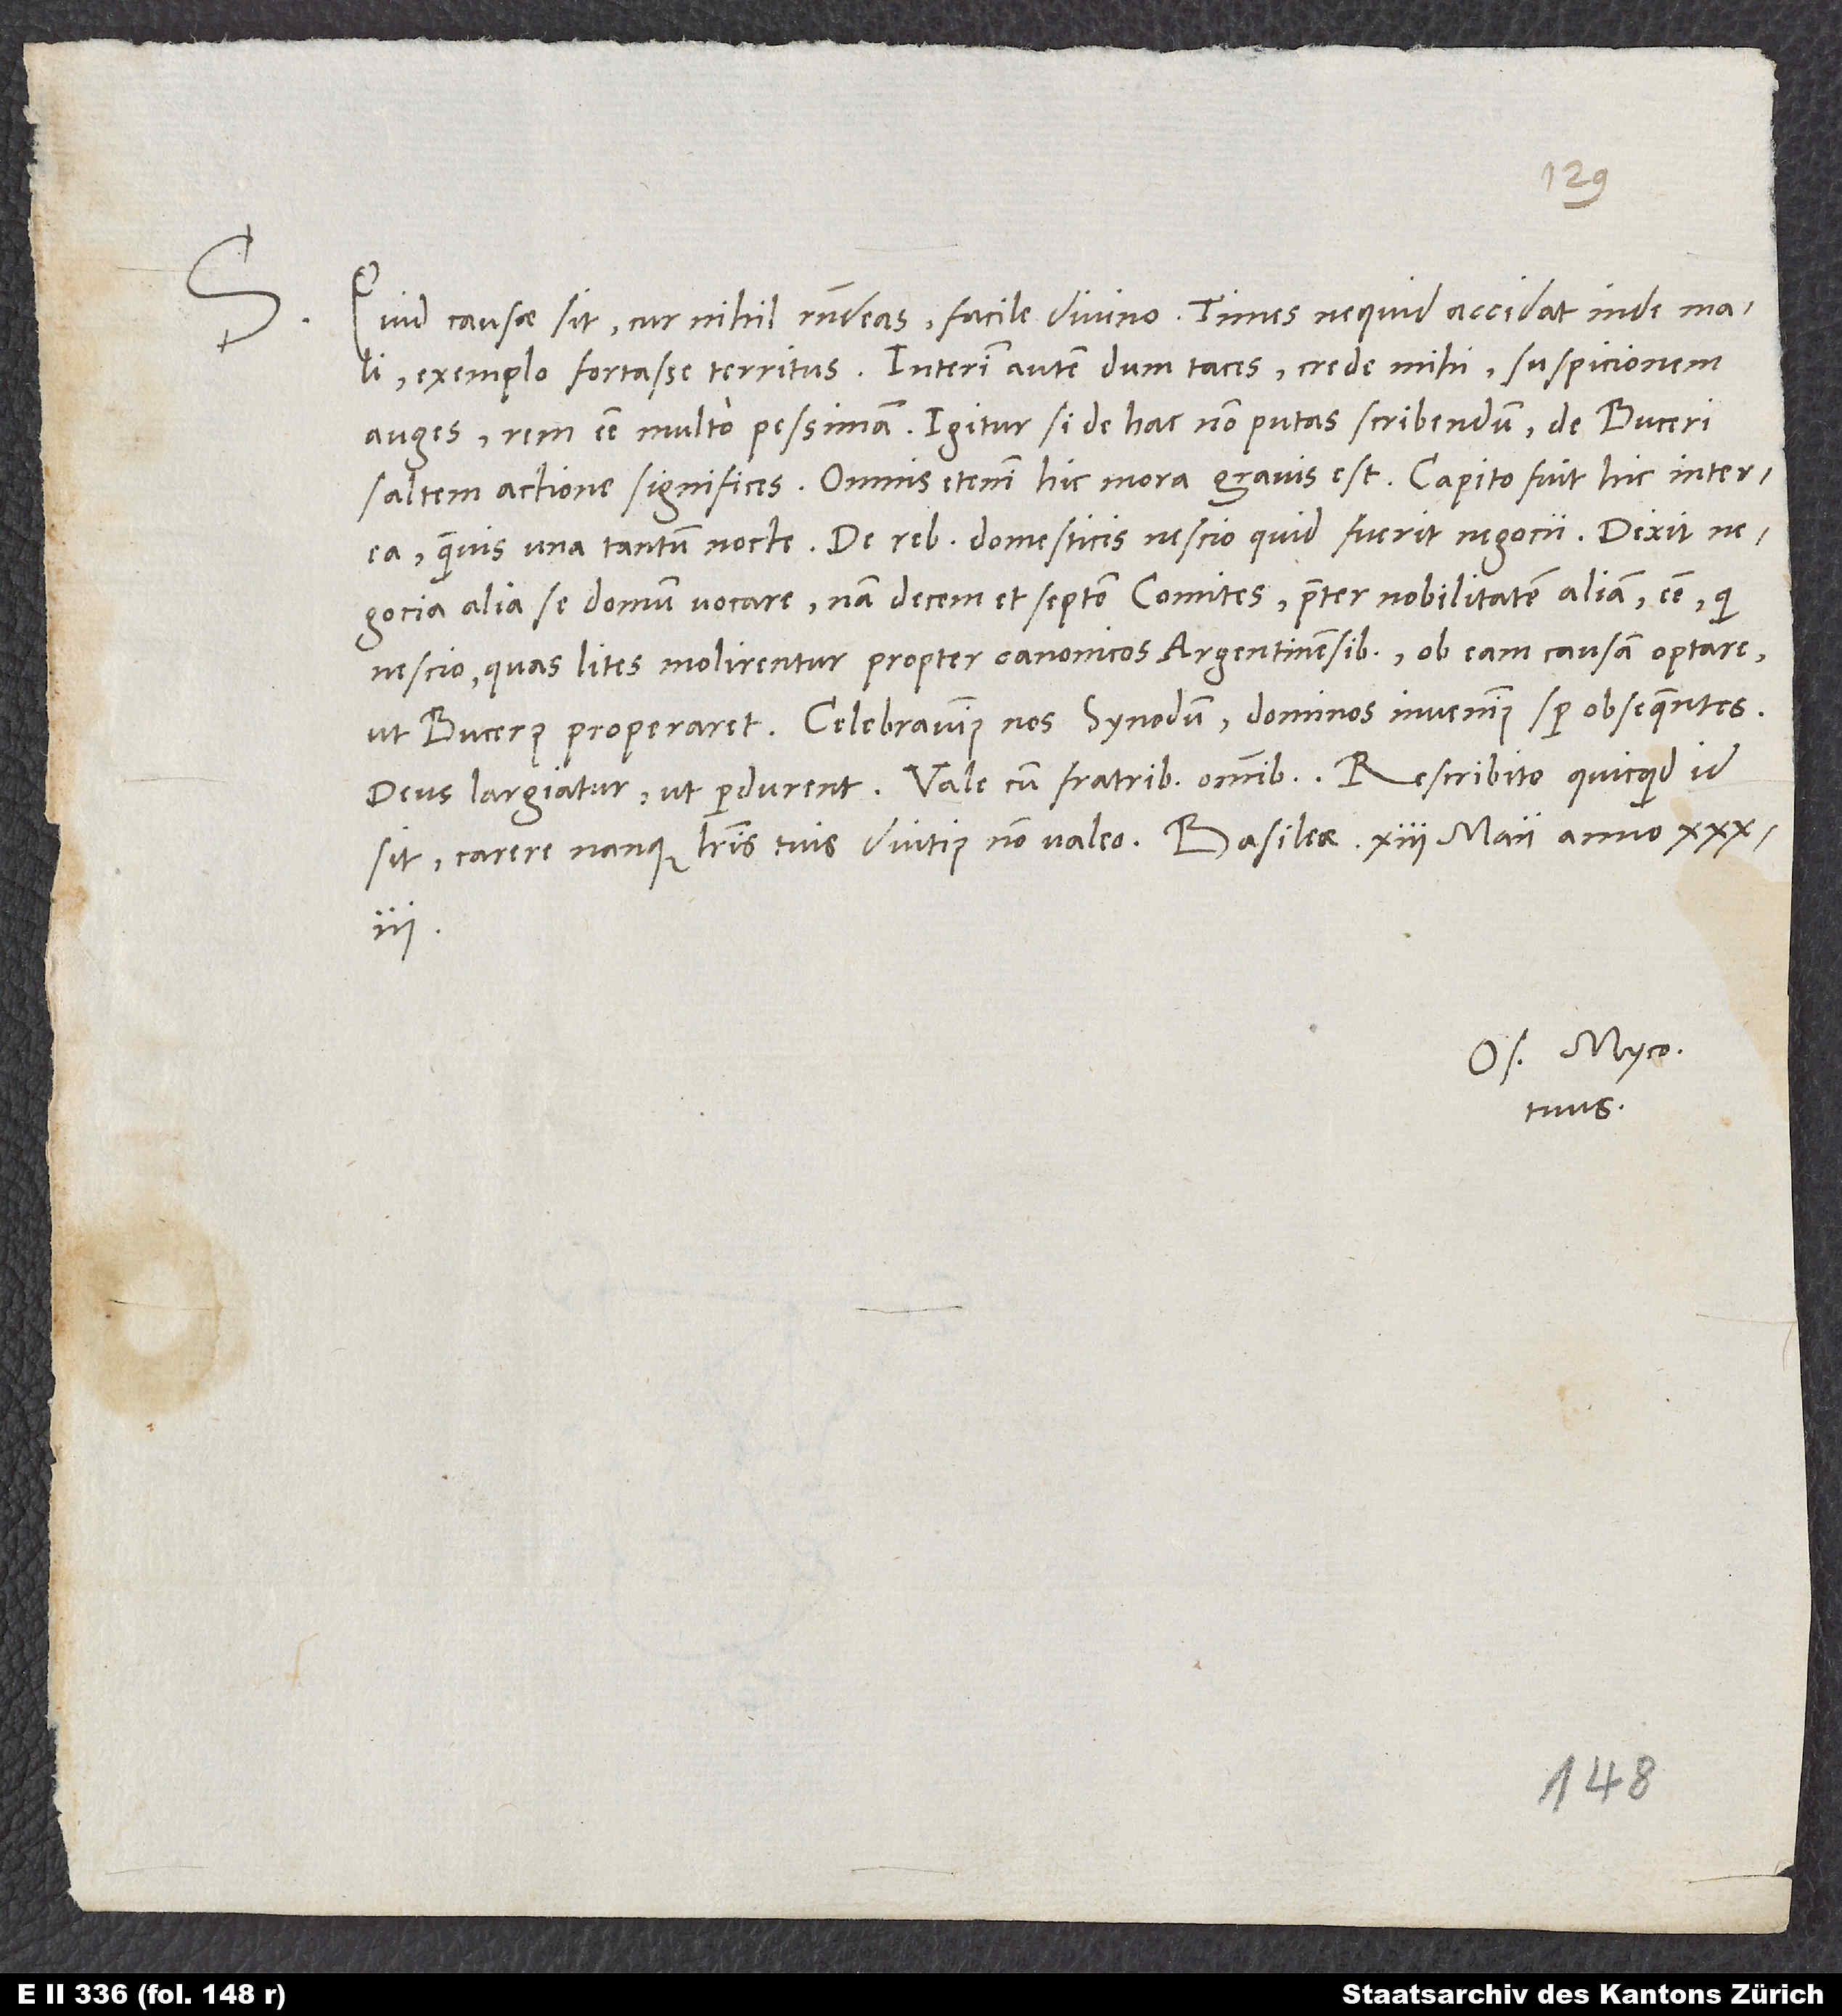
Quid causae sit, cur nihil respondeas, facile divino. Times, ne quid accidat inde mali,
exemplo fortasse territus. Interim autem, dum taces, crede mihi, suspicionem
auges, rem esse multo pessimam. Igitur si de hac non putas scribendum, de Buceri
saltem actione significes. Omnis etenim hic mora gravis est. Capito fuit hic interea,
quamvis una tantum nocte. De rebus domesticis nescio, quid fuerit negocii. Dixit
negocia alia se domum vocare. Nam decem et septem comites praeter nobilitatem aliam esse, qui
nescio quas lites molirentur propter canonicos Argentmensibus. Ob eam causam optare,
ut Bucerus properaret. Celebravimus nos synodum. Dominos invenimus semper obsequentes.
sit. Carere nanque literis tuis diutius non valeo.
Os. Myco.
tuus.